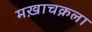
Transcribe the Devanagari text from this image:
मख़ाचक़ला